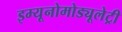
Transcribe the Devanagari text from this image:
इम्यूनोमोड्यूलेट्री